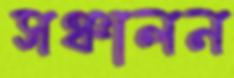
সঞ্চালন